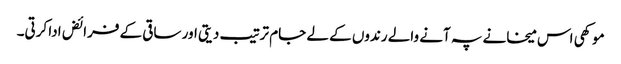
موکھی اس میخانے پہ آنے والے رندوں کے لے جام ترتیب دیتی اور ساقی کے فرائض ادا کرتی۔